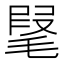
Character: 𣮫